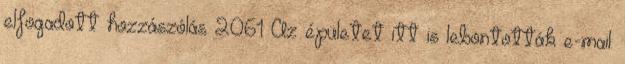
elfogadott hozzászólás 2061 Az épületet itt is lebontották e-mail: